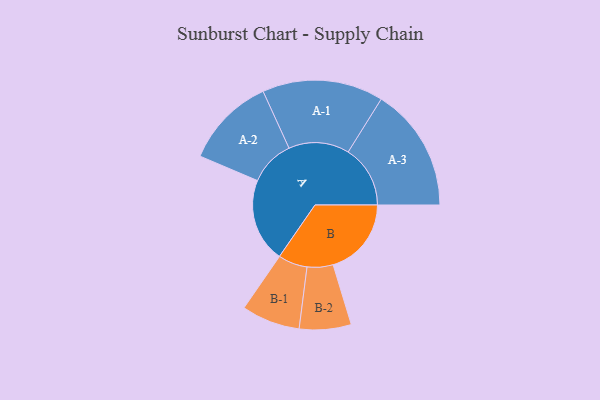
{"axis": {"x": "Segment", "y": "Value"}, "legend": ["", "A", "B"], "data": [{"x": "A", "y": 327, "type": ""}, {"x": "B", "y": 305, "type": ""}, {"x": "A-1", "y": 236, "type": "A"}, {"x": "A-2", "y": 177, "type": "A"}, {"x": "A-3", "y": 242, "type": "A"}, {"x": "B-1", "y": 114, "type": "B"}, {"x": "B-2", "y": 101, "type": "B"}]}